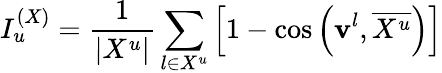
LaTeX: I_{u}^{(X)}=\frac{1}{|X^{u}|}\sum_{l\in X^{u}}\left[1-\cos\left({\mathbf v}^{l},\overline{{X^{u}}}\right)\right]